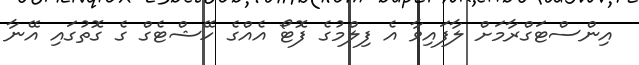
އިންސްޓަގްރާމަށް ލާފައިވާ އެ ފިލްމުގެ ފޮޓޯ އެއްގެ ހޭޝްޓެގް ގެ ގޮތުގައި އޭނާ